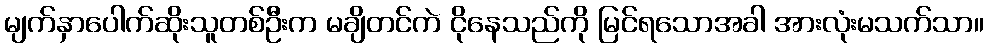
မျက်နှာပေါက်ဆိုးသူတစ်ဦးက မချိတင်ကဲ ငိုနေသည်ကို မြင်ရသောအခါ အားလုံးမသက်သာ။